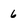
Character: 6